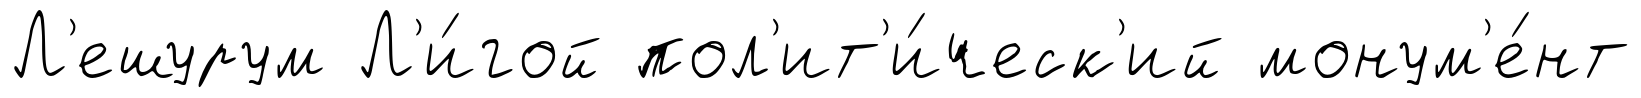
Л'ешурум Л'и́гой пол'ит'и́ческ'ий монум'е́нт